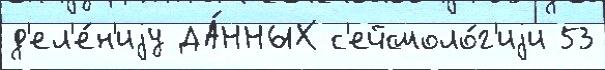
д'ел'е́н'иjу ДА́ННЫХ с'ейсмоло́г'иjи 53